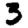
Digit: 3